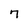
Character: 7